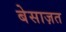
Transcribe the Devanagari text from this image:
बेसाज़त